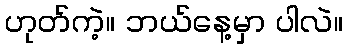
ဟုတ်ကဲ့။ ဘယ်နေ့မှာ ပါလဲ။